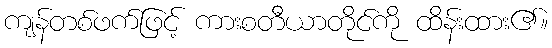
ကျန်တစ်ဖက်ဖြင့် ကားစတီယာတိုင်ကို ထိန်းထား၏။